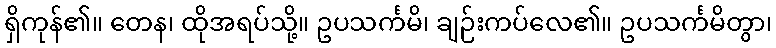
ရှိကုန်၏။ တေန၊ ထိုအရပ်သို့။ ဥပသင်္ကမိ၊ ချဉ်းကပ်လေ၏။ ဥပသင်္ကမိတွာ၊